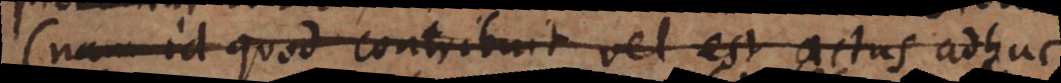
(nam id quod contribuit vel est actus adhuc